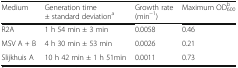
<table><thead><tr><td><b>Medium</b></td><td><b>Generation time± standard deviation<sup>a</sup></b></td><td><b>Growth rate(min<sup>−1</sup>)</b></td><td><b>Maximum OD<sub>600</sub><sup>b</sup></b></td></tr></thead><tbody><tr><td>R2A</td><td>1 h 54 min ± 3 min</td><td>0.0058</td><td>0.46</td></tr><tr><td>MSV A + B</td><td>4 h 30 min ± 53 min</td><td>0.0026</td><td>0.21</td></tr><tr><td>Slijkhuis A</td><td>10 h 42 min ± 1 h 51min</td><td>0.0011</td><td>0.73</td></tr></tbody></table>